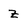
Character: z